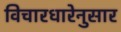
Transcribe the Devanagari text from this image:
विचारधारेनुसार